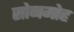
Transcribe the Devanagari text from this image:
सोनमोह